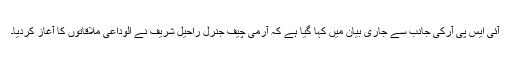
آئی ایس پی آرکی جانب سے جاری بیان میں کہا گیا ہے کہ آرمی چیف جنرل راحیل شریف نے الوداعی ملاقاتوں کا آغاز کردیا۔